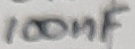
Text: 100nF